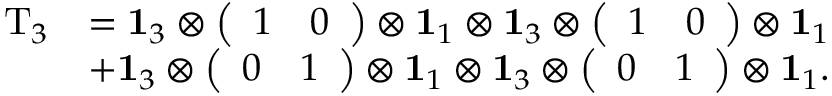
\begin{array} { r l } { \mathrm { T } _ { 3 } } & { = \mathbf { 1 } _ { 3 } \otimes \left( \begin{array} { l l } { 1 } & { 0 } \end{array} \right) \otimes \mathbf { 1 } _ { 1 } \otimes \mathbf { 1 } _ { 3 } \otimes \left( \begin{array} { l l } { 1 } & { 0 } \end{array} \right) \otimes \mathbf { 1 } _ { 1 } } \\ & { + \mathbf { 1 } _ { 3 } \otimes \left( \begin{array} { l l } { 0 } & { 1 } \end{array} \right) \otimes \mathbf { 1 } _ { 1 } \otimes \mathbf { 1 } _ { 3 } \otimes \left( \begin{array} { l l } { 0 } & { 1 } \end{array} \right) \otimes \mathbf { 1 } _ { 1 } . } \end{array}